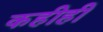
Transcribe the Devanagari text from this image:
कहीही